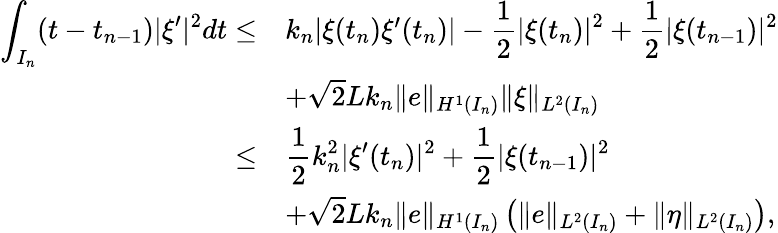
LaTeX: \begin{array}{r}{\begin{array}{rl}{\displaystyle\int_{I_{n}}(t-t_{n-1})|\xi^{\prime}|^{2}dt\leq}&{k_{n}|\xi(t_{n})\xi^{\prime}(t_{n})|-\displaystyle\frac{1}{2}|\xi(t_{n})|^{2}+\displaystyle\frac{1}{2}|\xi(t_{n-1})|^{2}}\\ &{+\sqrt{2}Lk_{n}\| e\| _{H^{1}(I_{n})}\| \xi\| _{L^{2}(I_{n})}}\\ {\leq}&{\displaystyle\frac{1}{2}k_{n}^{2}|\xi^{\prime}(t_{n})|^{2}+\displaystyle\frac{1}{2}|\xi(t_{n-1})|^{2}}\\ &{+\sqrt{2}Lk_{n}\| e\| _{H^{1}(I_{n})}\left(\| e\| _{L^{2}(I_{n})}+\| \eta\| _{L^{2}(I_{n})}\right),}\end{array}}\end{array}